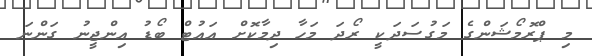
މި ޕްރޮމޯޝަންގެ މަގުސަދަކީ ރޯދަ މަހާ ދިމާކޮށް އައުޓް ބޯޑު އިންޖީނު ގަންނަ